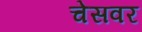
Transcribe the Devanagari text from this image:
चेसवर